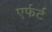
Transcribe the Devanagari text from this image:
एर्फर्ट